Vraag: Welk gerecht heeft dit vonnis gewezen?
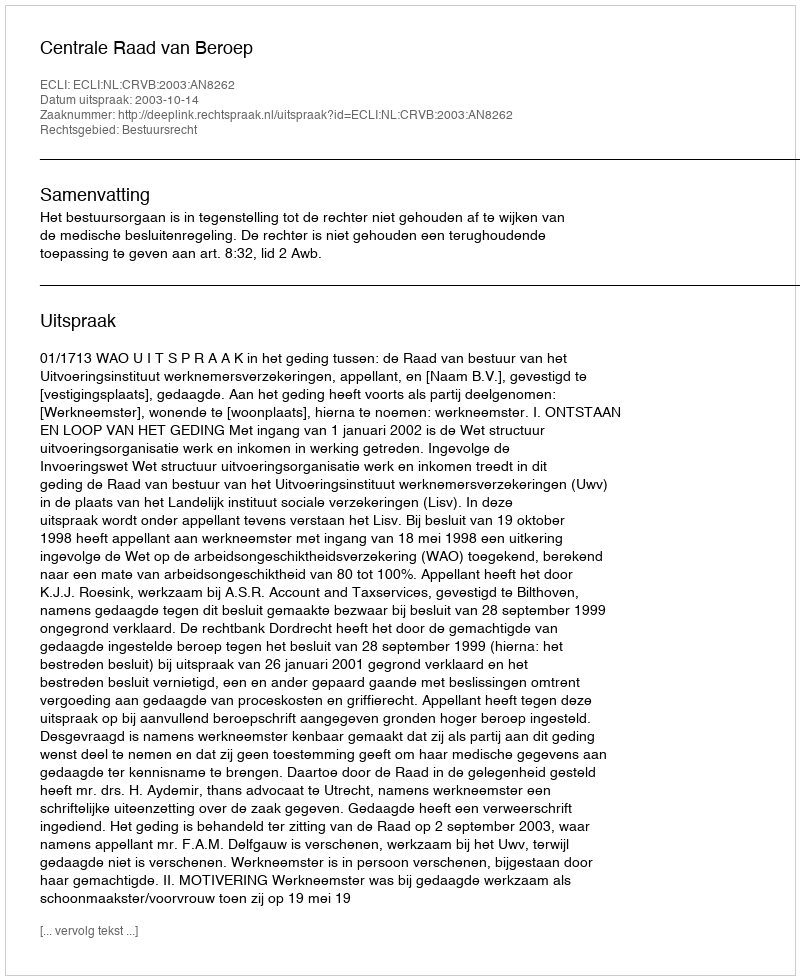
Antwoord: Centrale Raad van Beroep